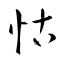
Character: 怙